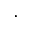
\cdot